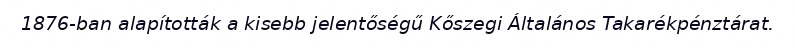
1876-ban alapították a kisebb jelentőségű Kőszegi Általános Takarékpénztárat.